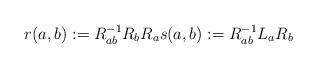
LaTeX: \begin{align*}r(a,b) := R^{-1}_{ab}R_bR_a s(a,b):=R^{-1}_{ab}L_aR_b\end{align*}